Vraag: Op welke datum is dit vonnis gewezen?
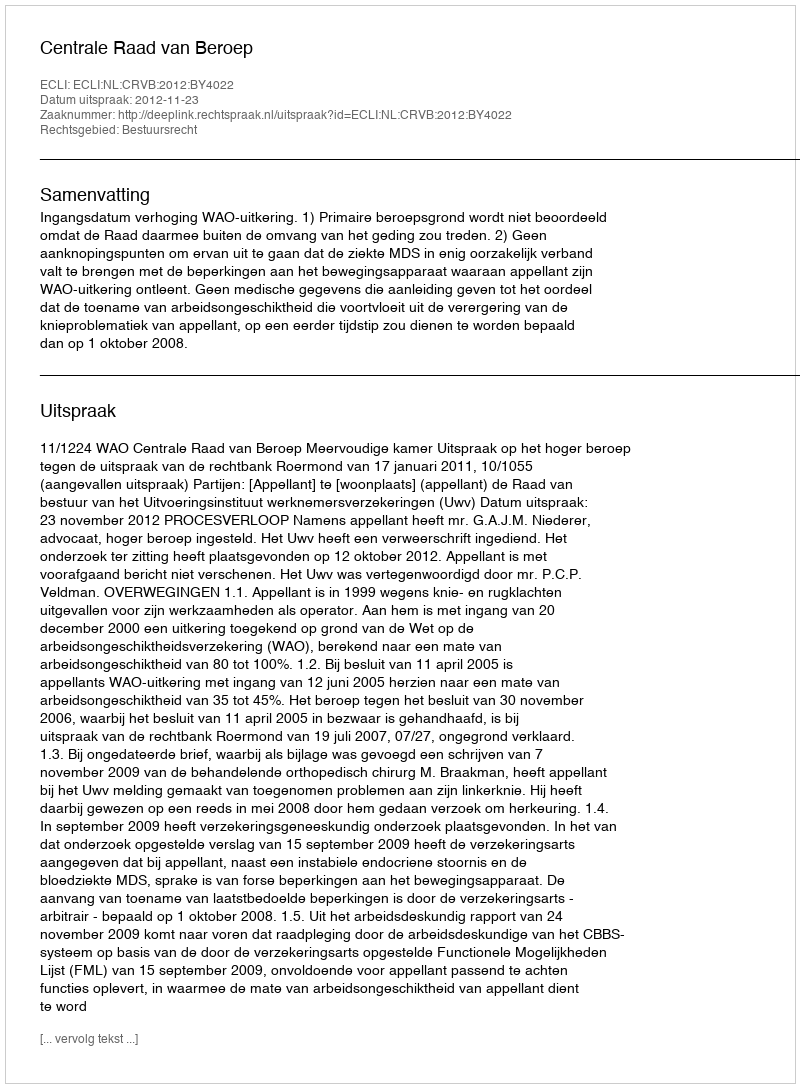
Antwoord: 2012-11-23